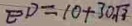
E D = 1 0 + 3 0 \sqrt { 3 }